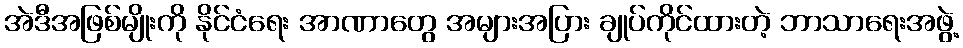
အဲဒီအဖြစ်မျိုးကို နိုင်ငံရေး အာဏာတွေ အများအပြား ချုပ်ကိုင်ထားတဲ့ ဘာသာရေးအဖွဲ့